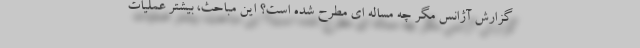
گزارش آژانس مگر چه مساله ای مطرح شده است؟ این مباحث، بیشتر عملیات